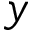
y